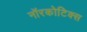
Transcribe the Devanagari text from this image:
नॉरकोटिक्स